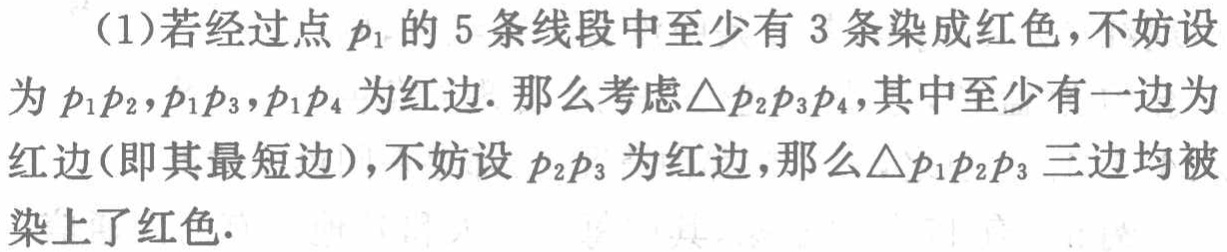
(1)若经过点\(p_1\)的\(5\)条线段中至少有\(3\)条染成红色,不妨设为\(p_1p_2,p_1p_3,p_1p_4\)为红边. 那么考虑\(\triangle p_2p_3p_4\),其中至少有一边为红边(即其最短边),不妨设\(p_2p_3\)为红边,那么\(\triangle p_1p_2p_3\)三边均被染上了红色.